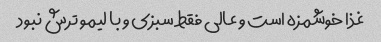
غذا خوشمزه است و عالی فقط سبزی و با لیمو ترش نبود